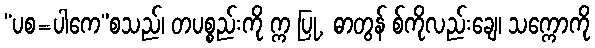
“ပစ=ပါကေ”စသည်၊ တပစ္စည်းကို က္က ပြု, ဓာတွန် စ်ကိုလည်းချေ၊ သက္ကောကို